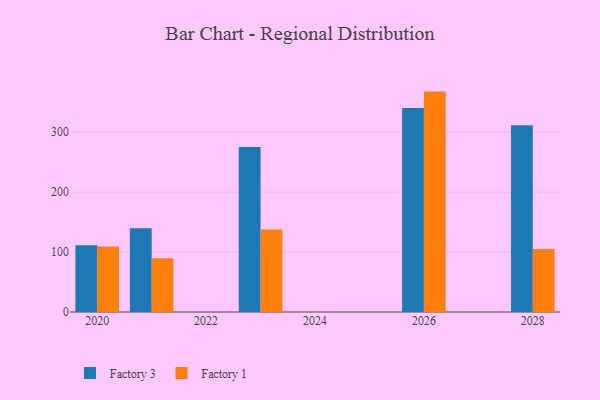
{"axis": {"x": "Year", "y": "Customer Acquisition Cost (USD)"}, "legend": ["Factory 1", "Factory 3"], "data": [{"x": "2023", "y": 275.0, "type": "Factory 3"}, {"x": "2023", "y": 137.8, "type": "Factory 1"}, {"x": "2021", "y": 139.8, "type": "Factory 3"}, {"x": "2021", "y": 89.5, "type": "Factory 1"}, {"x": "2028", "y": 311.5, "type": "Factory 3"}, {"x": "2028", "y": 105.0, "type": "Factory 1"}, {"x": "2026", "y": 340.2, "type": "Factory 3"}, {"x": "2026", "y": 367.6, "type": "Factory 1"}, {"x": "2020", "y": 111.5, "type": "Factory 3"}, {"x": "2020", "y": 109.1, "type": "Factory 1"}]}